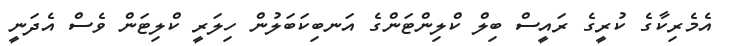
އެމެރިކާގެ ކުރީގެ ރައީސް ބިލް ކްލިންޓަންގެ އަނބިކަބަލުން ހިލަރީ ކްލިޓަން ވެސް އެދަނީ